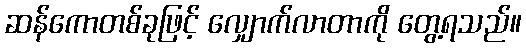
ဆန်ကောတစ်ခုဖြင့် လျှောက်လာတာကို တွေ့ရသည်။